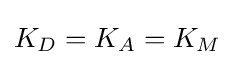
{\textstyle K_{D}=K_{A}=K_{M}}